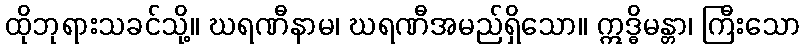
ထိုဘုရားသခင်သို့။ ဃရဏီနာမ၊ ဃရဏီအမည်ရှိသော။ ဣဒ္ဓိမန္တာ၊ ကြီးသော